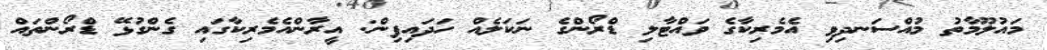
މައުލޫމާތު މުއްސަނދިވި އެމެރިކާގެ ވައްޓާލި ޑްރޯންގެ ނަކަލެއް ހަދައިފިން: އީރާންއެމެރިކާގައި ގެންގުޅޭ ޑްރޯންތައް